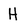
Character: H